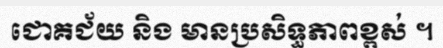
ជោគជ័យ និង មានប្រសិទ្ធភាពខ្ពស់ ។